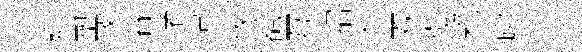
陘塑潈睿賭憚悠覩互招失双弘賴廓